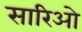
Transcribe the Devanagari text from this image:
सारिओ